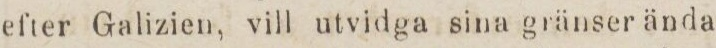
efter Galizien, vill utvidga sina gränser ända